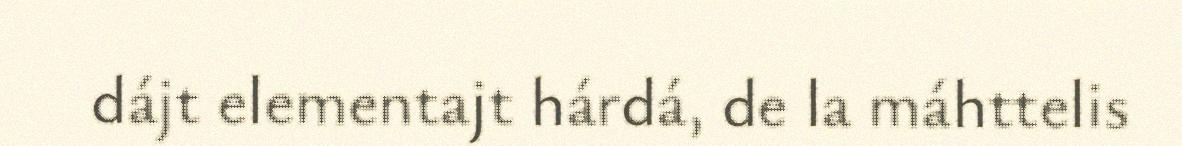
dájt elementajt hárdá, de la máhttelis